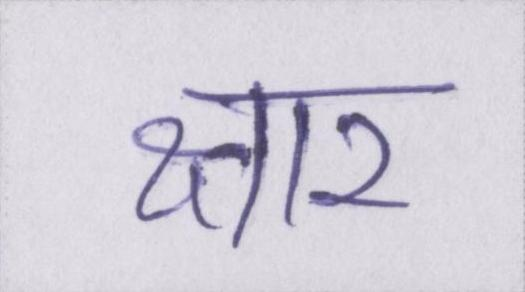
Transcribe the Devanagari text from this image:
क्षार